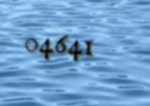
04641